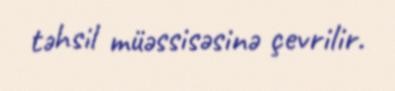
təhsil müəssisəsinə çevrilir.